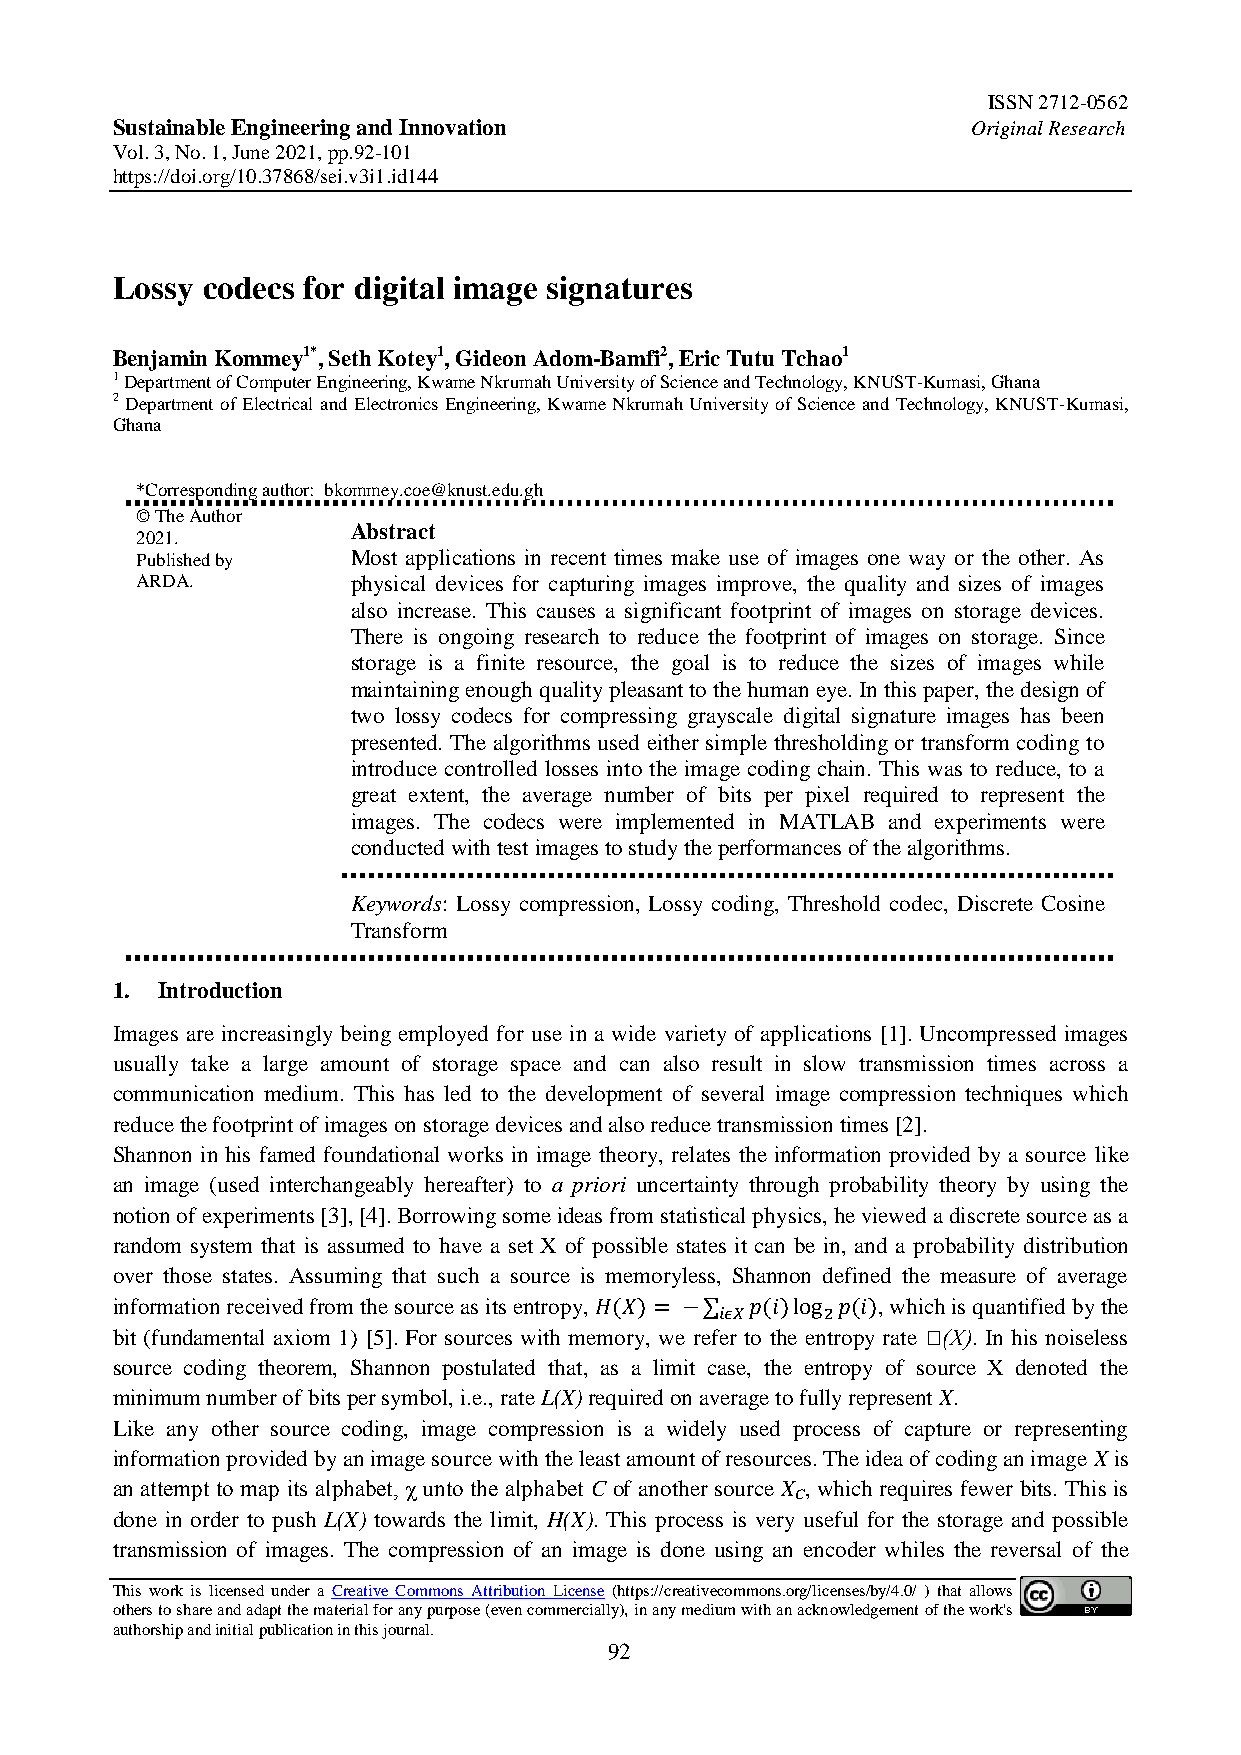
ISSN 2712-0562
 Sustainable Engineering and Innovation                   Original Research
 Vol. 3, No. 1, June 2021, pp.92-101
 https://doi.org/10.37868/sei.v3i1.id144
 Lossy codecs for digital image signatures
 Benjamin Kommey1*, Seth Kotey1, Gideon Adom-Bamfi2, Eric Tutu Tchao1
 1 Department of Computer Engineering, Kwame Nkrumah University of Science and Technology, KNUST-Kumasi, Ghana
 2 Department of Electrical and Electronics Engineering, Kwame Nkrumah University of Science and Technology, KNUST-Kumasi,
 Ghana
 *Corresponding author: bkommey.coe@knust.edu.gh
 © The Author
 Abstract
 2021.
 Published by  Most applications in recent times make use of images one way or the other. As
 ARDA.         physical devices for capturing images improve, the quality and sizes of images
 also increase. This causes a significant footprint of images on storage devices.
 There is ongoing research to reduce the footprint of images on storage. Since
 storage is a finite resource, the goal is to reduce the sizes of images while
 maintaining enough quality pleasant to the human eye. In this paper, the design of
 two lossy codecs for compressing grayscale digital signature images has been
 presented. The algorithms used either simple thresholding or transform coding to
 introduce controlled losses into the image coding chain. This was to reduce, to a
 great extent, the average number of bits per pixel required to represent the
 images. The codecs were implemented in MATLAB and experiments were
 conducted with test images to study the performances of the algorithms.
 Keywords: Lossy compression, Lossy coding, Threshold codec, Discrete Cosine
 Transform
 1. Introduction
 Images are increasingly being employed for use in a wide variety of applications [1]. Uncompressed images
 usually take a large amount of storage space and can also result in slow transmission times across a
 communication medium. This has led to the development of several image compression techniques which
 reduce the footprint of images on storage devices and also reduce transmission times [2].
 Shannon in his famed foundational works in image theory, relates the information provided by a source like
 an image (used interchangeably hereafter) to a priori uncertainty through probability theory by using the
 notion of experiments [3], [4]. Borrowing some ideas from statistical physics, he viewed a discrete source as a
 random system that is assumed to have a set X of possible states it can be in, and a probability distribution
 over those states. Assuming that such a source is memoryless, Shannon defined the measure of average
 information received from the source as its entropy, , which is quantified by the
 bit (fundamental axiom 1) [5]. For sources with memory, we refer to the entropy rate Ɦ(X). In his noiseless
 source coding theorem, Shannon postulated that, as a limit case, the entropy of source X denoted the
 minimum number of bits per symbol, i.e., rate L(X) required on average to fully represent X.
 Like any other source coding, image compression is a widely used process of capture or representing
 information provided by an image source with the least amount of resources. The idea of coding an image X is
 an attempt to map its alphabet, χ unto the alphabet C of another source X , which requires fewer bits. This is
 C
 done in order to push L(X) towards the limit, H(X). This process is very useful for the storage and possible
 transmission of images. The compression of an image is done using an encoder whiles the reversal of the
 This work is licensed under a Creative Commons Attribution License (https://creativecommons.org/licenses/by/4.0/ ) that allows
 others to share and adapt the material for any purpose (even commercially), in any medium with an acknowledgement of the work's
 authorship and initial publication in this journal.
 92